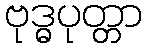
ဗုဒ္ဓပုတ္တာ